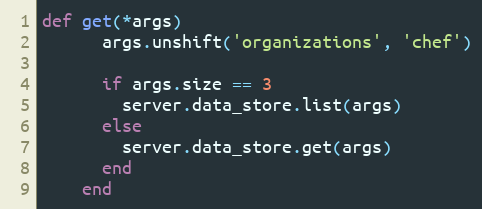
Language: Ruby
def get(*args)
      args.unshift('organizations', 'chef')

      if args.size == 3
        server.data_store.list(args)
      else
        server.data_store.get(args)
      end
    end